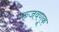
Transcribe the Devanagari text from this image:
रुजवणूक